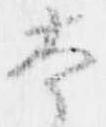
本